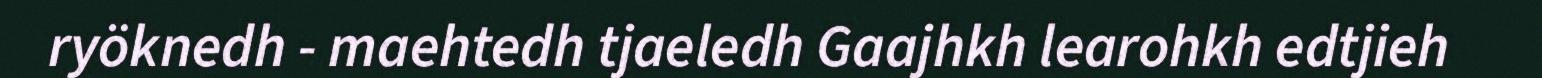
ryöknedh - maehtedh tjaeledh Gaajhkh learohkh edtjieh